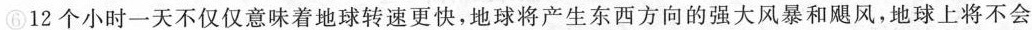
⑥12个小时一天不仅仅意味着地球转速更快，地球将产生东西方向的强大风暴和飓风，地球上将不会